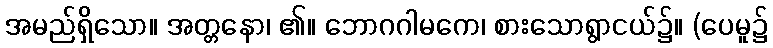
အမည်ရှိသော။ အတ္တနော၊ ၏။ ဘောဂဂါမကေ၊ စားသောရွာငယ်၌။ (ပေမူ၌